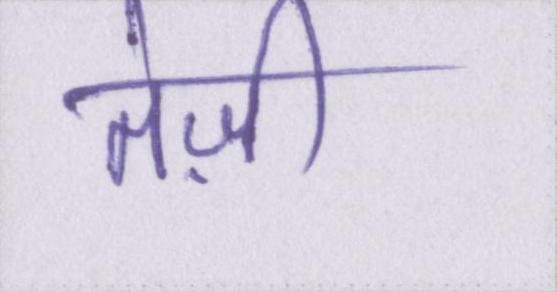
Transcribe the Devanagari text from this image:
तेज़ी